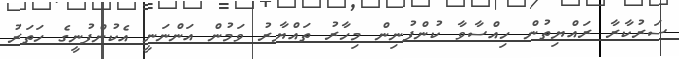
ސަރުކާރާ ރައްޔިތުން ހިއްސާވާ ކުންފުނިން މިހާރު ތައްޔާރު ވަމުން އަންނަނީ އެކުންފުނީގެ ހަތަރު